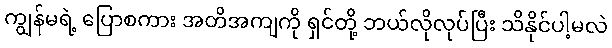
ကျွန်မရဲ့ ပြောစကား အတိအကျကို ရှင်တို့ ဘယ်လိုလုပ်ပြီး သိနိုင်ပါ့မလဲ